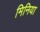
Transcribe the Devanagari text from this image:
मिनिया